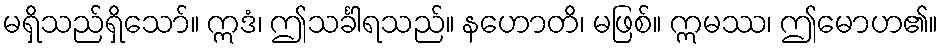
မရှိသည်ရှိသော်။ ဣဒံ၊ ဤသင်္ခါရသည်။ နဟောတိ၊ မဖြစ်။ ဣမဿ၊ ဤမောဟ၏။